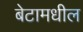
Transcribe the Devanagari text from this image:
बेटामधील